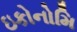
ઇકોનોમિ